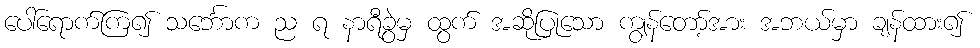
ပေါ်ရောက်ကြ၍ သင်္ဘောက ည ရ နာရီခွဲမှ ထွက် အဆိုပြုသော ကျွန်တော့်အား အဘယ်မှာ ချန်ထား၍